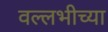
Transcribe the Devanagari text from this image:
वल्लभीच्या